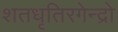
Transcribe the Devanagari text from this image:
शतधृतिरगेन्द्रो